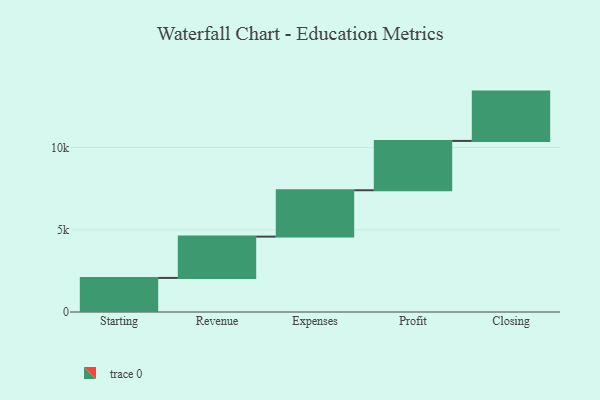
{"axis": {"x": "Step", "y": "Value"}, "legend": [""], "data": [{"x": "Starting", "y": 2072.0, "type": ""}, {"x": "Revenue", "y": 2513.0, "type": ""}, {"x": "Expenses", "y": 2820.0, "type": ""}, {"x": "Profit", "y": 3000, "type": ""}, {"x": "Closing", "y": 3000, "type": ""}]}